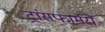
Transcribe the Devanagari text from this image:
ट्रांसफार्मरों